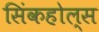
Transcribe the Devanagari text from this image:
सिंकहोल्स